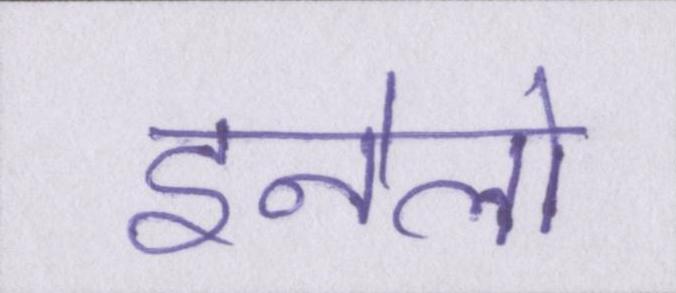
इनेलो